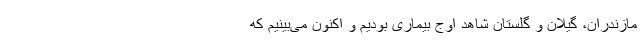
مازندران، گیلان و گلستان شاهد اوج بیماری بودیم و اکنون می‌بینیم که